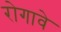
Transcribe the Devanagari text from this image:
रोगावे